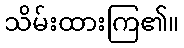
သိမ်းထားကြ၏။